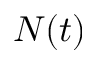
N ( t )